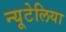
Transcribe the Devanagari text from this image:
न्यूटेलिया